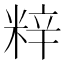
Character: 𮇞